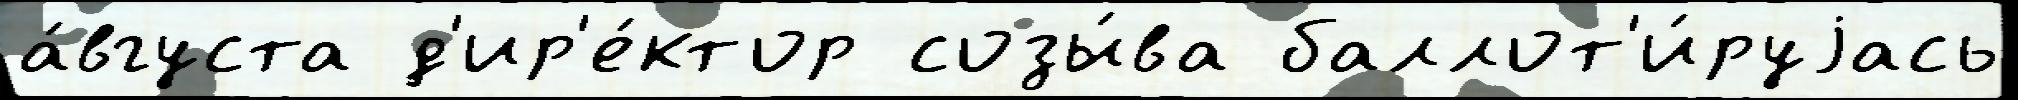
а́вгуста д'ир'е́ктор созы́ва баллот'и́руjась